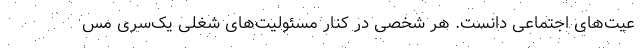
عیت‌های اجتماعی دانست. هر شخصی در کنار مسئولیت‌های شغلی یک‌سری مس